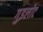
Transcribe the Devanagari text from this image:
गुइलोट